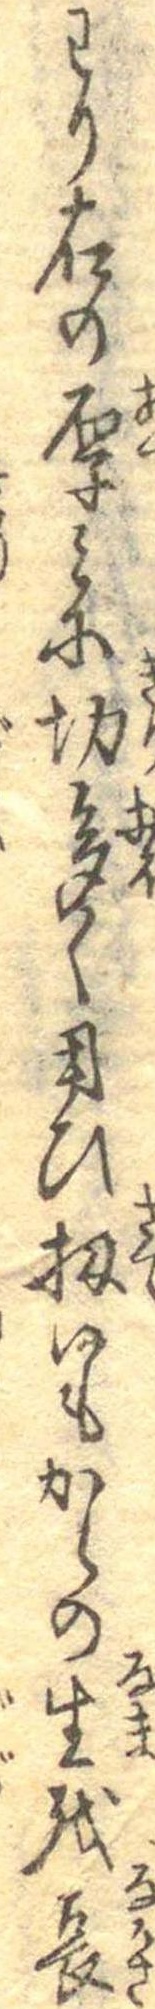
わり右の厚みに切多く用ひ扨いもからの生を長